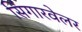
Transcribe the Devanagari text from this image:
सिंगारवेलर